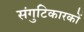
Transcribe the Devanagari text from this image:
संगुटिकारकों